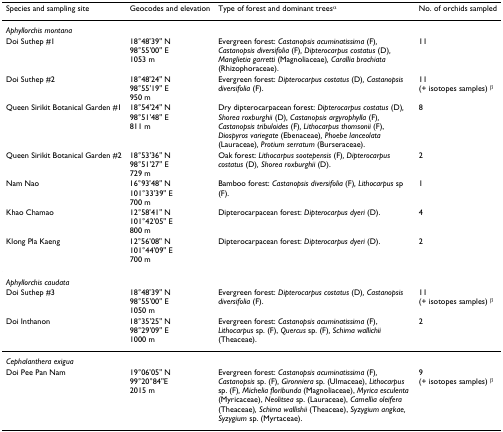
| Species and sampling site | Geocodes and elevation | Type of forest and dominant treesα | No. of orchids sampled |
 | --- | --- | --- | --- |
 | Aphyllorchis montana |  |  |  |
 | Doi Suthep #1 | 18°48'39" N98°55'00" E1053 m | Evergreen forest: Castanopsis acuminatissima (F), Castanopsis diversifolia (F), Dipterocarpus costatus (D), Manglietia garretti (Magnoliaceae), Carallia brachiata (Rhizophoraceae). | 11 |
 | Doi Suthep #2 | 18°48'24" N98°55'19" E950 m | Evergreen forest: Dipterocarpus costatus (D), Castanopsis diversifolia (F). | 11(+ isotopes samples) β |
 | Queen Sirikit Botanical Garden #1 | 18°54'24" N98°51'48" E811 m | Dry dipterocarpacean forest: Dipterocarpus costatus (D), Shorea roxburghii (D), Castanopsis argyrophylla (F), Castanopsis tribuloides (F), Lithocarpus thomsonii (F), Diospyros variegate (Ebenaceae), Phoebe lanceolata (Lauraceae), Protium serratum (Burseraceae). | 8 |
 | Queen Sirikit Botanical Garden #2 | 18°53'36" N98°51'27" E729 m | Oak forest: Lithocarpus sootepensis (F), Dipterocarpus costatus (D), Shorea roxburghii (D). | 2 |
 | Nam Nao | 16°93'48" N101°33'39" E700 m | Bamboo forest: Castanopsis diversifolia (F), Lithocarpus sp (F). | 1 |
 | Khao Chamao | 12°58'41" N101°42'05" E800 m | Dipterocarpacean forest: Dipterocarpus dyeri (D). | 4 |
 | Klong Pla Kaeng | 12°56'08" N101°44'09" E700 m | Dipterocarpacean forest: Dipterocarpus dyeri (D). | 2 |
 | Aphyllorchis caudata |  |  |  |
 | Doi Suthep #3 | 18°48'39" N98°55'00" E1050 m | Evergreen forest: Dipterocarpus costatus (D), Castanopsis diversifolia (F). | 11(+ isotopes samples) β |
 | Doi Inthanon | 18°35'25" N98°29'09" E1000 m | Evergreen forest: Castanopsis acuminatissima (F), Lithocarpus sp. (F), Quercus sp. (F), Schima wallichii (Theaceae). | 2 |
 | Cephalanthera exigua |  |  |  |
 | Doi Pee Pan Nam | 19°06'05" N99°20°84"E2015 m | Evergreen forest: Castanopsis acuminatissima (F), Castanopsis sp. (F), Gironniera sp. (Ulmaceae), Lithocarpus sp. (F), Michelia floribunda (Magnoliaceae), Myrica esculenta (Myricaceae), Neolitsea sp. (Lauraceae), Camellia oleifera (Theaceae), Schima wallishii (Theaceae), Syzygium angkae, Syzygium sp. (Myrtaceae). | 9(+ isotopes samples) β |